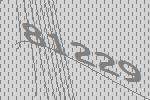
81229